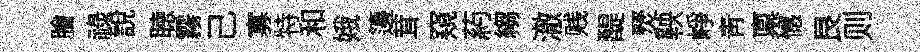
膾禄説聴霧己寡特和娥籩茸窺葯縐澈贱醍燹鞅峥青禀憾艮则